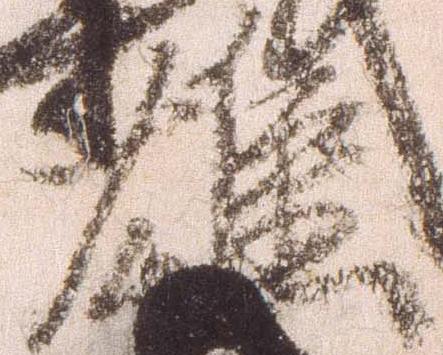
雄